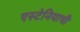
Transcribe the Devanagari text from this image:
एस्टेनियाची